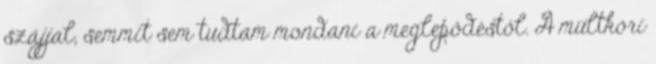
szájjal, semmit sem tudtam mondani a meglepődéstől. A múltkori